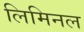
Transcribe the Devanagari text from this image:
लिमिनल